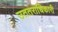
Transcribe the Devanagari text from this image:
उततराधिकारी